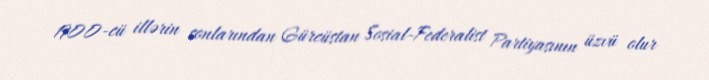
1900-cü illərin sonlarından Gürcüstan Sosial-Federalist Partiyasının üzvü olur